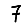
Digit: 7